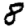
Digit: 8